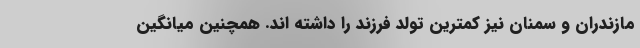
مازندران و سمنان نیز کمترین تولد فرزند را داشته اند. همچنین میانگین